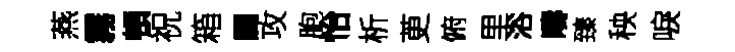
燕霧頓祝箱閫攻胞怡析茰俯里浴疇臻秧唳